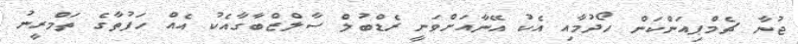
ޖުނާ ޗެމްޕިއަންކަން ހޯދުމާއި އެކު އޭނާއަށްވަނީ ރެޑްބުލް ސާލްޒްބާގާއެކު އެއް ހަފުތާގެ ތަމްރީނު